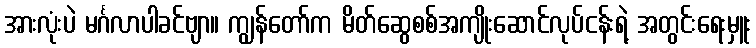
အားလုံးပဲ မင်္ဂလာပါခင်ဗျာ။ ကျွန်တော်က မိတ်ဆွေစစ်အကျိုးဆောင်လုပ်ငန်းရဲ့ အတွင်းရေးမှူး